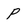
Character: p